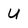
Character: U